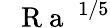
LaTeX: \mathrm{~\textit~{~R~a~}~}^{1/5}